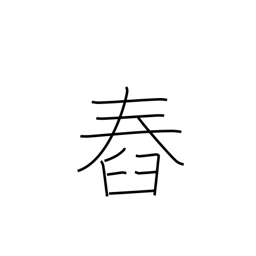
Meaning: set (sun)